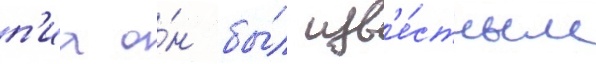
п'иа о́н бы́л изв'е́стным